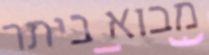
מבוא ביתר